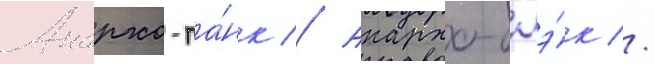
Анархо-па́нк // Анархо-блэ́к //